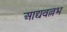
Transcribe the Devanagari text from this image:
आद्यवल्लभ